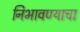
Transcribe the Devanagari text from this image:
निभावण्याचा